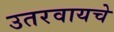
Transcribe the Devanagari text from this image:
उतरवायचे